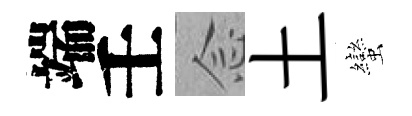
端壬𫝹土蠻